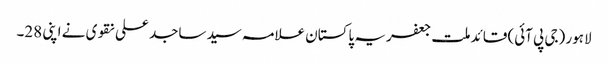
لاہور (جی پی آئی) قائد ملت جعفریہ پاکستان علامہ سید ساجد علی نقوی نے اپنی 28۔